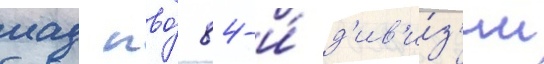
иад пво́ 84-и́ д'ив'и́з'ии